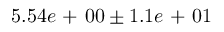
5 . 5 4 e \mathrm { ~ + ~ } 0 0 \pm 1 . 1 e \mathrm { ~ + ~ } 0 1